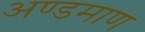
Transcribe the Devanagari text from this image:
अण्डमाण